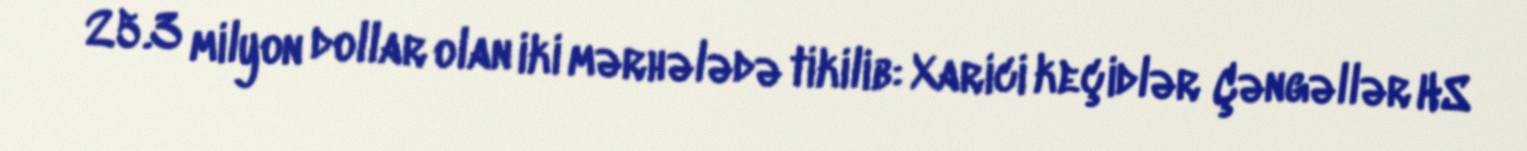
25.3 milyon dollar olan iki mərhələdə tikilib: Xarici keçidlər Çəngəllər HS